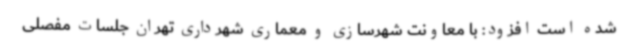
شده است افزود: با معاونت شهرسازی و معماری شهرداری تهران جلسات مفصلی